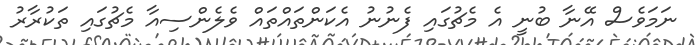
ނަމަވެސް އޭނާ ބުނީ އެ މެޗުގައި ފެނުނު އެކަންތައްތައް ވެލެންސިއާ މެޗުގައި ތަކުރާރު